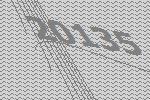
20135